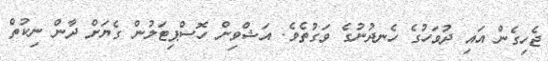
ޖެހިގެން އައި ދުވަހުގެ ހެނދުނުގެ ވަގުތެވެ. އަޝްވިން ހޮސްޕިޓަލުން ގެޔަށް ދާން ނިކުތް